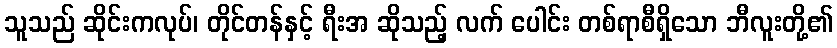
သူသည် ဆိုင်းကလုပ်၊ တိုင်တန်နှင့် ရီးအ ဆိုသည့် လက် ပေါင်း တစ်ရာစီရှိသော ဘီလူးတို့၏